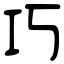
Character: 巧